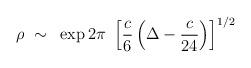
LaTeX: \begin{align*}\rho ~\sim~\exp 2\pi~\left[ {c \over 6} \left( \Delta - {c \over 24}\right) \right]^{1/2}~\end{align*}